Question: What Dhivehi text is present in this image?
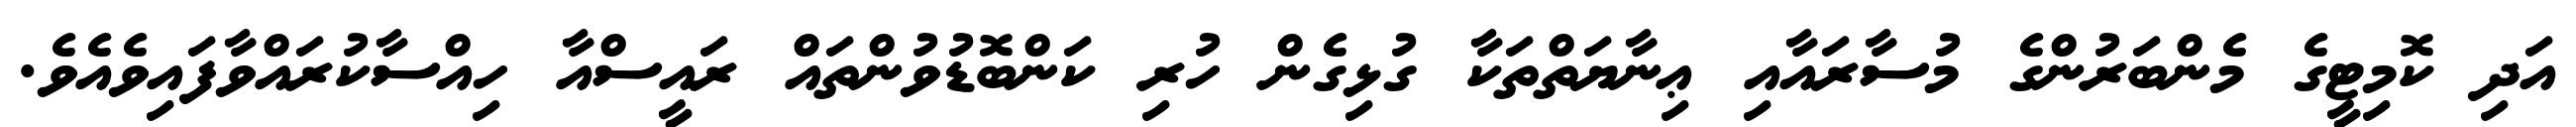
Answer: އަދި ކޮމިޓީގެ މެންބަރުންގެ މުސާރައާއި ޢިނާޔަތްތަކާ ގުޅިގެން ހުރި ކަންބޮޑުވުންތައް ރައީސްއާ ހިއްސާކުރައްވާފައިވެއެވެ.